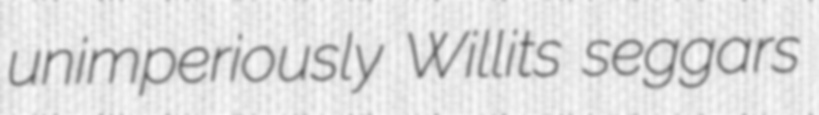
unimperiously Willits seggars